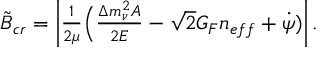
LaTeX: \begin{array} { c } { { \tilde { B } _ { c r } = \left| { \frac { 1 } { 2 \mu } } \Big ( { \frac { \Delta m _ { \nu } ^ { 2 } A } { 2 E } } - \sqrt { 2 } G _ { F } n _ { e f f } + { \dot { \psi } } ) \right| . } } \end{array}